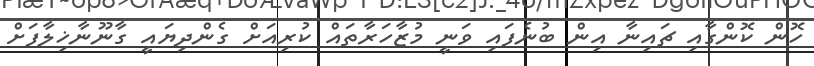
ހޮން ކޮންގާއި ޗައިނާ އިން ބުނެފައި ވަނީ މުޒާހަރާތައް ކުރިއަށް ގެންދިޔައީ ގާނޫނާޚިލާފަށް